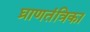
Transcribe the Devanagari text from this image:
घ्राणतंत्रिका